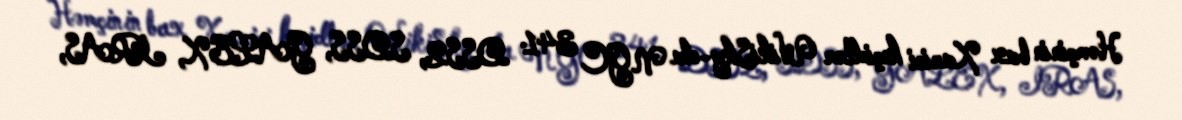
Həmçinin bax Xarici keçidlər WikiSky-da NGC 341: DSS2, SDSS, GALEX, IRAS,